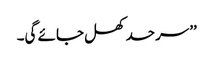
’’سرحد کھل جائے گی۔